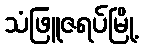
သံဖြူဇရပ်မြို့